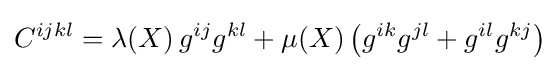
C^{ijkl}=\lambda \!\left(X\right)g^{ij}g^{kl}+\mu \!\left(X\right)\left(g^{ik}g^{jl}+g^{il}g^{kj}\right)